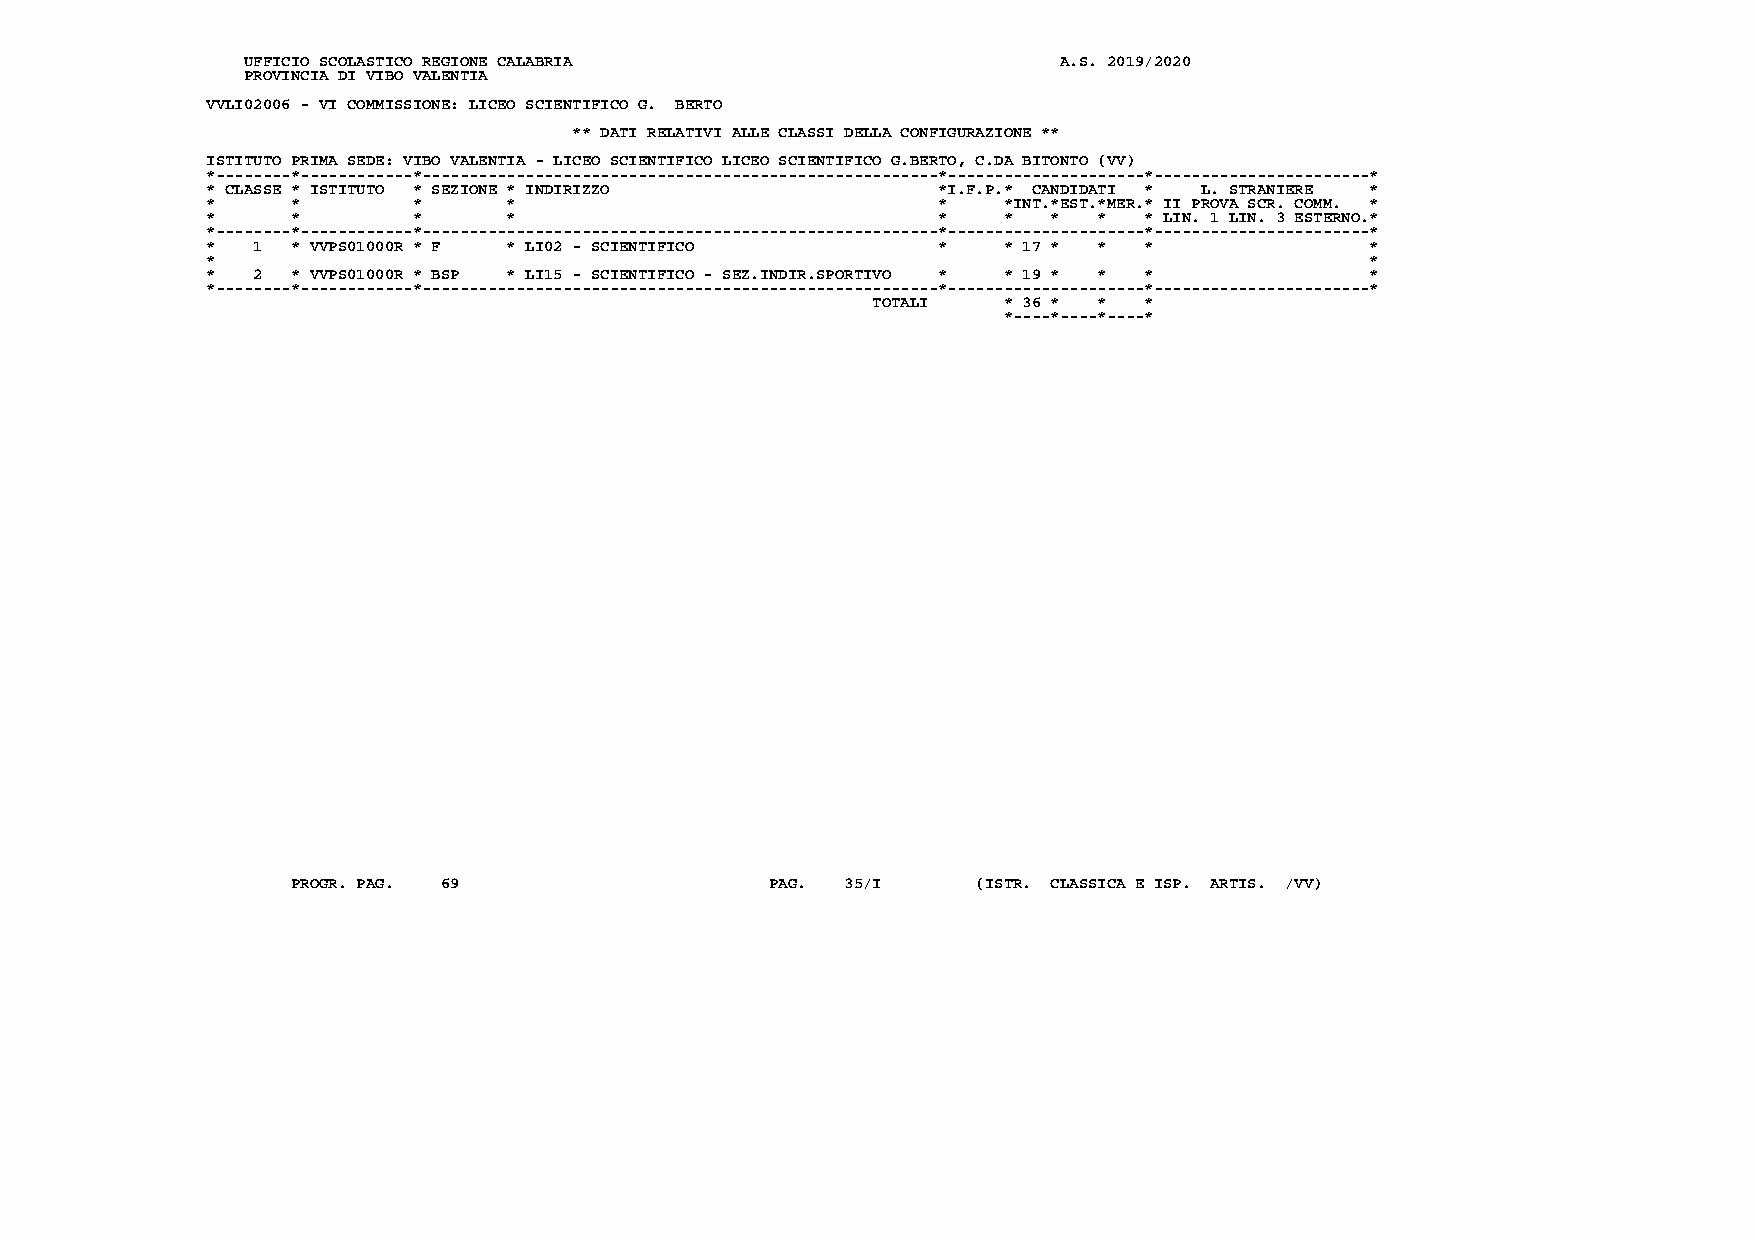
UFFICIO SCOLASTICO REGIONE CALABRIA                   A.S. 2019/2020
 PROVINCIA DI VIBO VALENTIA
 VVLI02006 - VI COMMISSIONE: LICEO SCIENTIFICO G. BERTO
 ** DATI RELATIVI ALLE CLASSI DELLA CONFIGURAZIONE **
 ISTITUTO PRIMA SEDE: VIBO VALENTIA - LICEO SCIENTIFICO LICEO SCIENTIFICO G.BERTO, C.DA BITONTO (VV)
 *--------*------------*-------------------------------------------------------*---------------------*-----------------------*
 * CLASSE * ISTITUTO * SEZIONE * INDIRIZZO       *I.F.P.* CANDIDATI * L. STRANIERE *
 *    *       *      *                           *   *INT.*EST.*MER.* II PROVA SCR. COMM. *
 *    *       *      *                           *   *   *  *  * LIN. 1 LIN. 3 ESTERNO.*
 *--------*------------*-------------------------------------------------------*---------------------*-----------------------*
 *  1 * VVPS01000R * F * LI02 - SCIENTIFICO      *   * 17 * *  *              *
 *                                                                            *
 *  2 * VVPS01000R * BSP * LI15 - SCIENTIFICO - SEZ.INDIR.SPORTIVO * * 19 * * * *
 *--------*------------*-------------------------------------------------------*---------------------*-----------------------*
 TOTALI  * 36 * *  *
 *----*----*----*
 PROGR. PAG. 69                  PAG. 35/I     (ISTR. CLASSICA E ISP. ARTIS. /VV)